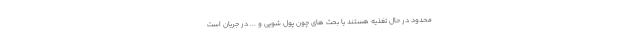
محدود در حال تغذیه هستند یا بحث های چون پول شویی و ... در جریان است